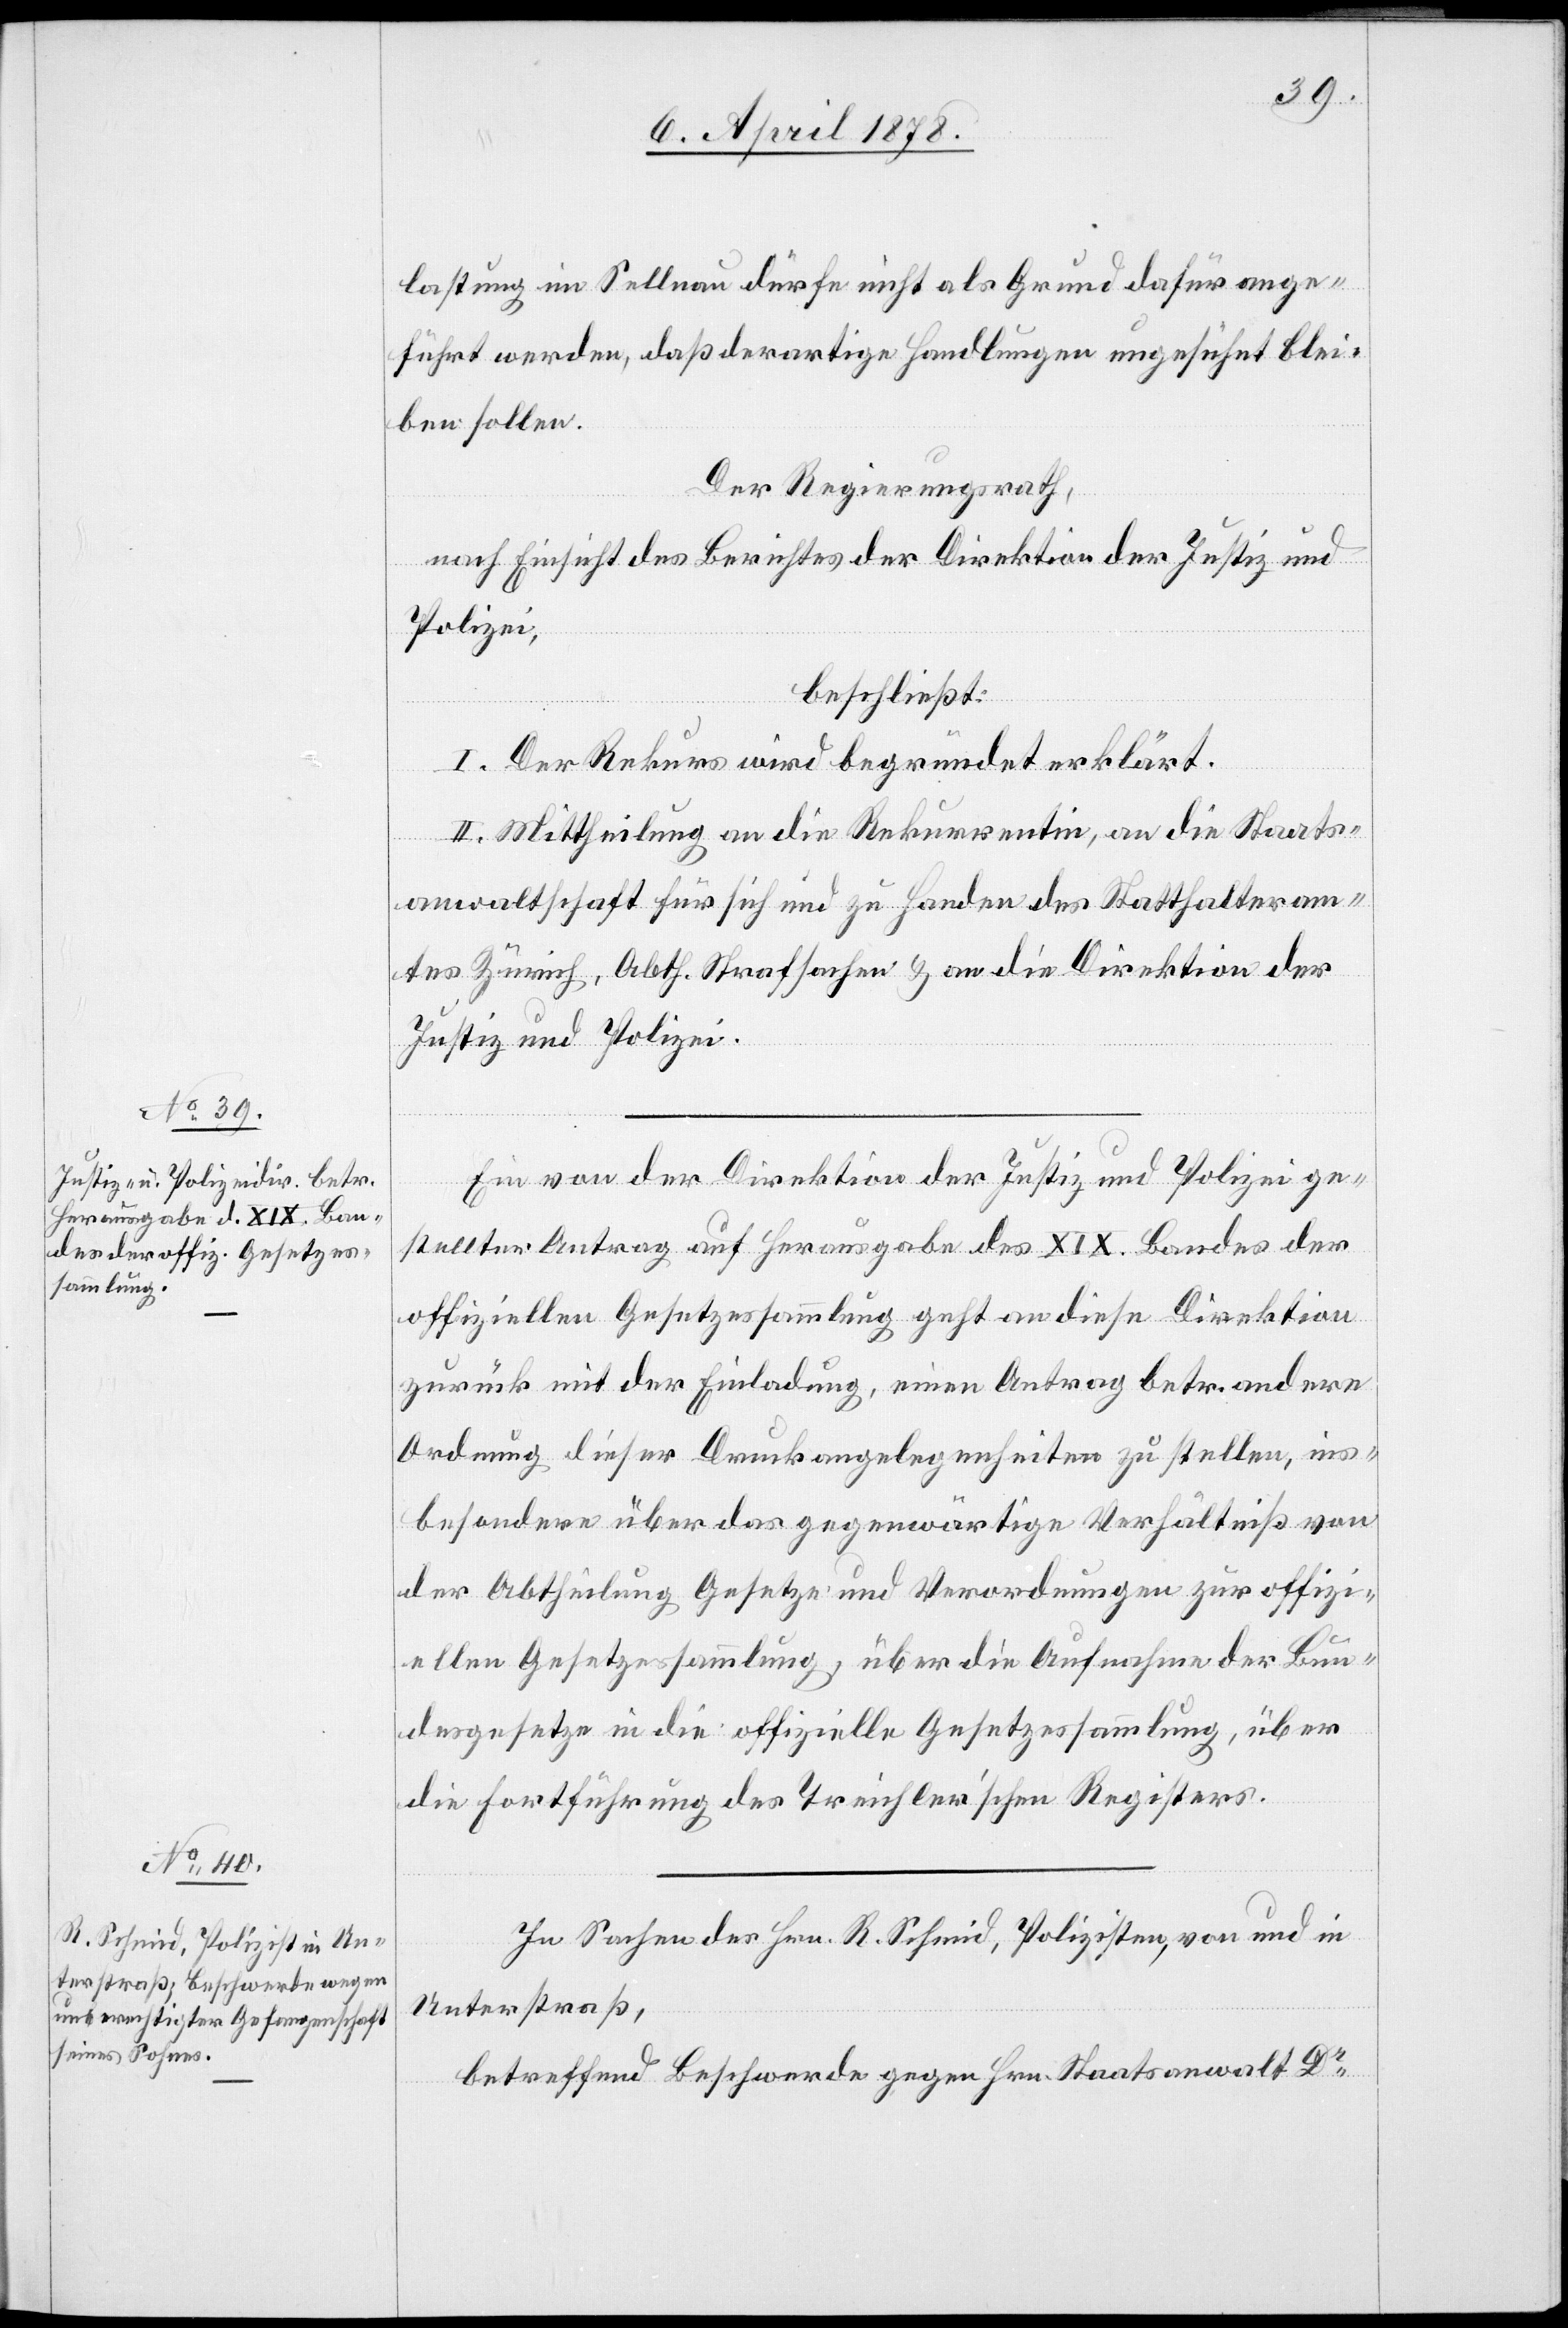
lastung im Sellnau dürfe nicht als Grund dafür ange¬
führt werden, daß derartige Handlungen ungesichert blei¬
ben sollen.
Der Regierungsrath,
nach Einsicht des Berichtes der Direktion der Justiz und
Polizei,
beschließt:
I. Der Rekurs wird begründet erklärt.
II. Mittheilung an die Rekurrentin, an die Staats¬
anwaltschaft für sich und zu Handen des Statthalteram¬
tes Zürich, Abth. Strafsachen & an die Direktion der
Justiz und Polizei.
Ein von der Direktion der Justiz und Polizei ge¬
stellter Antrag auf Herausgabe des XIX. Bandes der
offiziellen Gesetzessammlung geht an diese Direktion
zurück mit der Einladung, einen Antrag betr. andere
Ordnung dieser Druckangelegenheiten zu stellen, ins¬
besondere über das gegenwärtige Verhältniß von
der Abtheilung Gesetze und Verordnungen zur offizi¬
ellen Gesetzessammlung über die Aufnahme der Bun¬
desgesetze in die offizielle Gesetzessammlung, über
die Fortführung des Treichler’schen Registers.
In Sachen des Hrn. R. Schmid, Polizisten, von und in
Unterstraß,
betreffend Beschwerde gegen Hrn. Staatsanwalt Dr